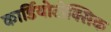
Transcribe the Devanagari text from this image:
कार्डियोटोक्सिक